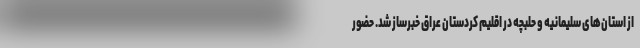
از استان‌های سلیمانیه و حلبچه در اقلیم کردستان عراق خبرساز شد. حضور